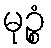
မုဉ္စံ